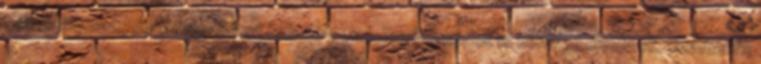
szocializmust, de mindennemű haladó gondolkodásmódot is konokul elvetnek. Számukra